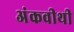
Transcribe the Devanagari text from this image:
अंकवीथी